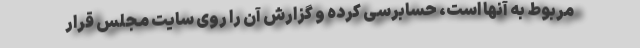
مربوط به آنها است، حسابرسی کرده و گزارش آن را روی سایت مجلس قرار